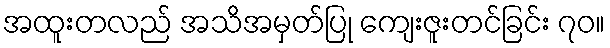
အထူးတလည် အသိအမှတ်ပြု ကျေးဇူးတင်ခြင်း ၇၀။